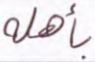
بأهله